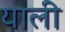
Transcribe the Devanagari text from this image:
याली